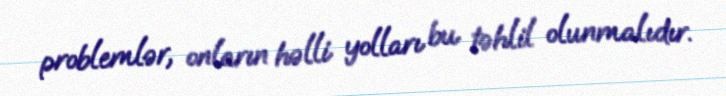
problemlər, onların həlli yolları bu təhlil olunmalıdır.